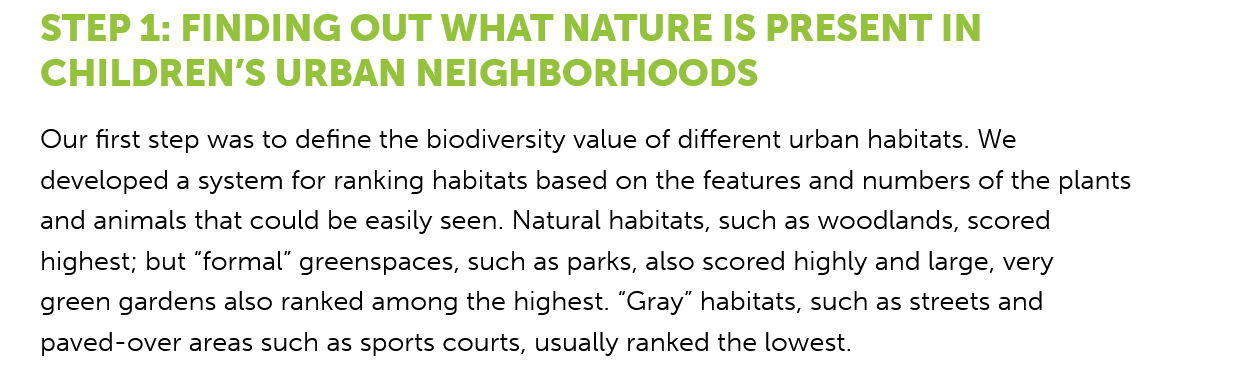
STEP   1: FINDING    OUT   WHAT  NATURE    IS   PRESENT  IN
   CHILDREN’S    URBAN    NEIGHBORHOODS
   Our first step was to define the biodiversity value of different urban habitats. We
   developed a system for ranking habitats based on the features and numbers of the plants
   and animals that could be easily seen. Natural habitats, such as woodlands, scored
   highest; but “formal” greenspaces, such as parks, also scored highly and large, very
   green gardens also ranked among the highest. “Gray” habitats, such as streets and
   paved-over areas such as sports courts, usually ranked the lowest.